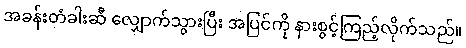
အခန်းတံခါးဆီ လျှောက်သွားပြီး အပြင်ကို နားစွင့်ကြည့်လိုက်သည်။